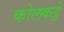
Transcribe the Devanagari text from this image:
कोलकट्टे